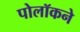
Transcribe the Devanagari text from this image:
पोलॉकने